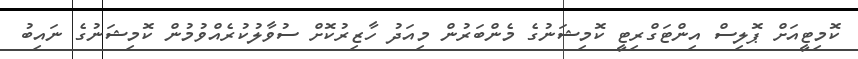
ކޮމިޓީއަށް ޕޮލިސް އިންޓަގްރިޓީ ކޮމިޝަނުގެ މެންބަރުން މިއަދު ހާޒިރުކޮށް ސުވާލުކުރެއްވުމުން ކޮމިޝަނުގެ ނައިބު